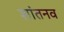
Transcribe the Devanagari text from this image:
शांतनव